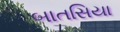
બાતસિયા